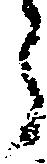
ら